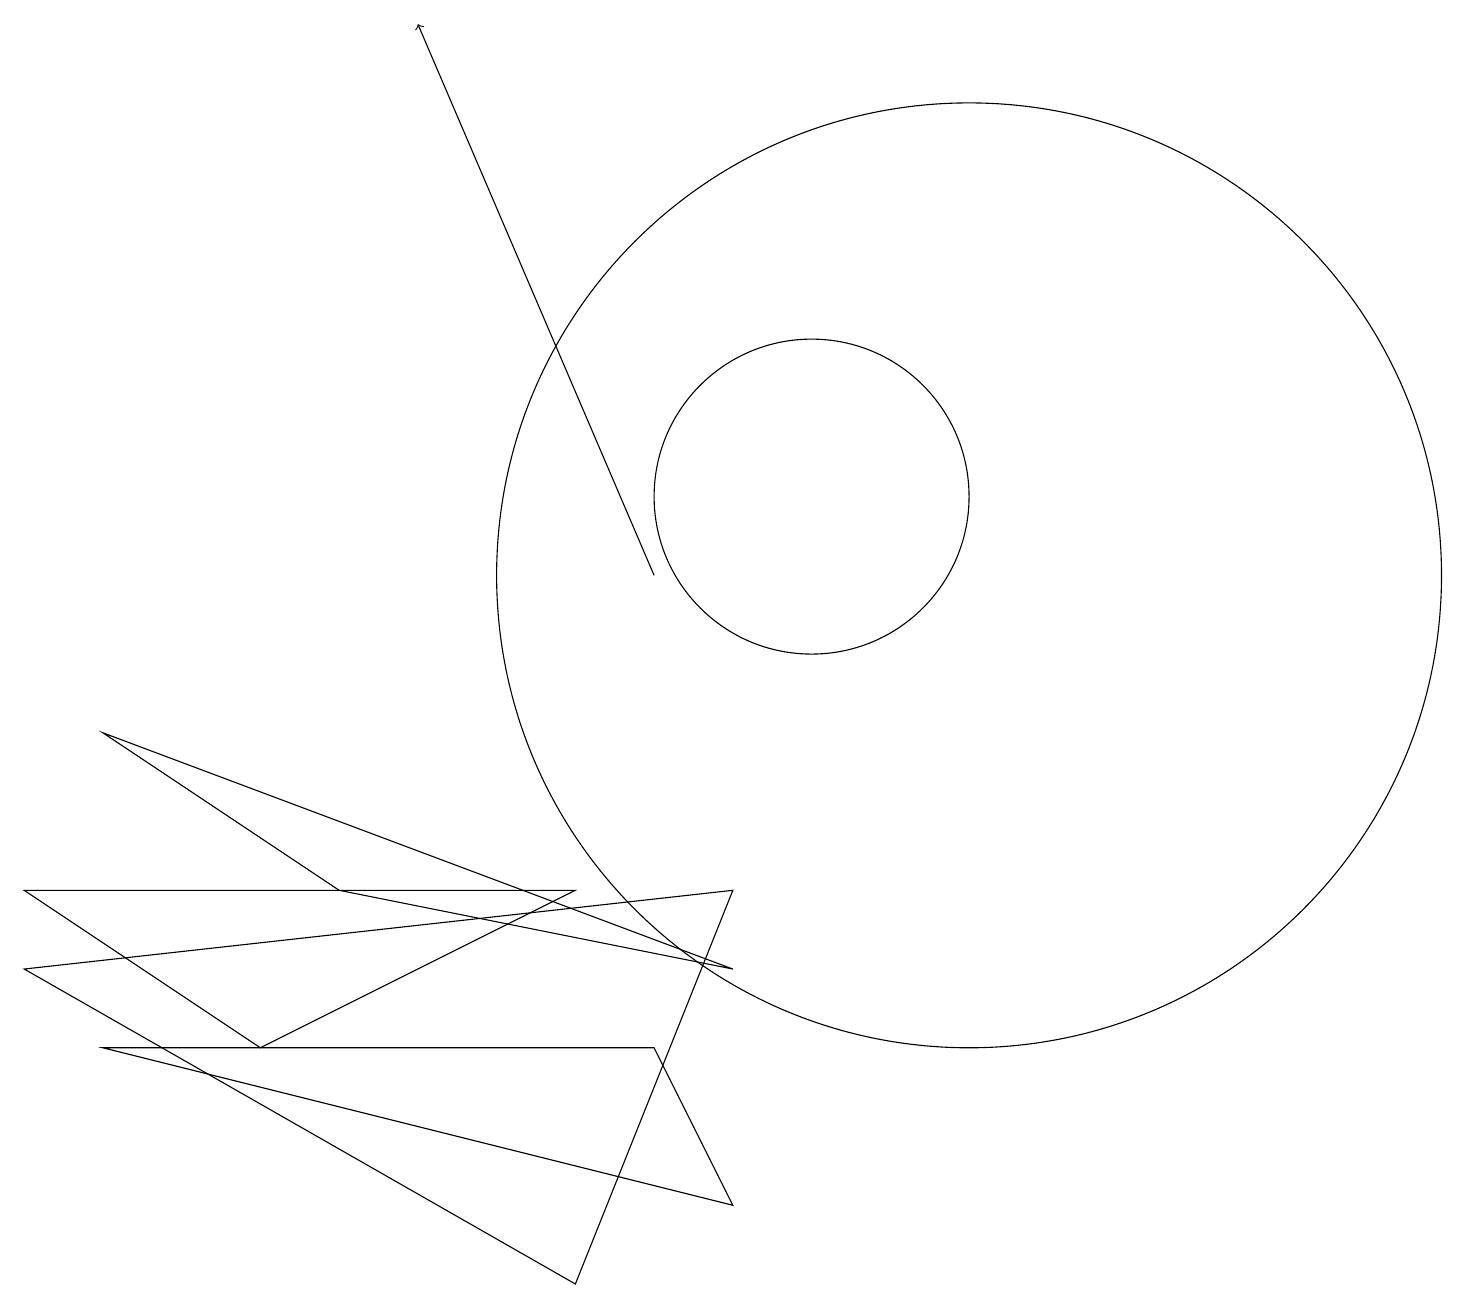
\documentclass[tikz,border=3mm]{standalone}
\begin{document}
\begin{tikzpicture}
\draw[->] (8,10) -- (5,17);
\draw (3,4) -- (0,6) -- (7,6) -- cycle;
\draw (0,17) rectangle (0,17);
\draw (1,8) -- (9,5) -- (4,6) -- cycle;
\draw (9,2) -- (8,4) -- (1,4) -- cycle;
\draw (0,5) -- (7,1) -- (9,6) -- cycle;
\draw (10,11) circle (2);
\draw (12,10) circle (6);
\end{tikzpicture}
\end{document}